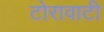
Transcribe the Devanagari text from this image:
टोरावाटी